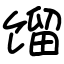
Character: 馏